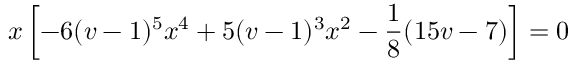
x \left[ - 6 ( v - 1 ) ^ { 5 } x ^ { 4 } + 5 ( v - 1 ) ^ { 3 } x ^ { 2 } - \frac { 1 } { 8 } ( 1 5 v - 7 ) \right] = 0